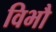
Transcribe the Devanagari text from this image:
विभौ